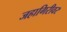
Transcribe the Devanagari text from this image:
जहागिरीवर